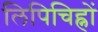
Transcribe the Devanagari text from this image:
लिपिचिह्नों